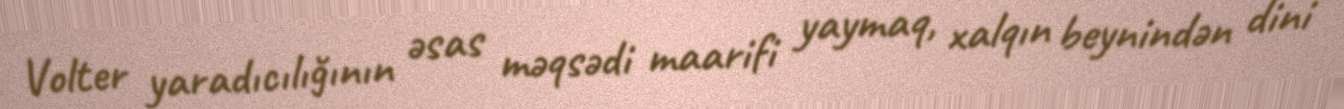
Volter yaradıcılığının əsas məqsədi maarifi yaymaq, xalqın beynindən dini